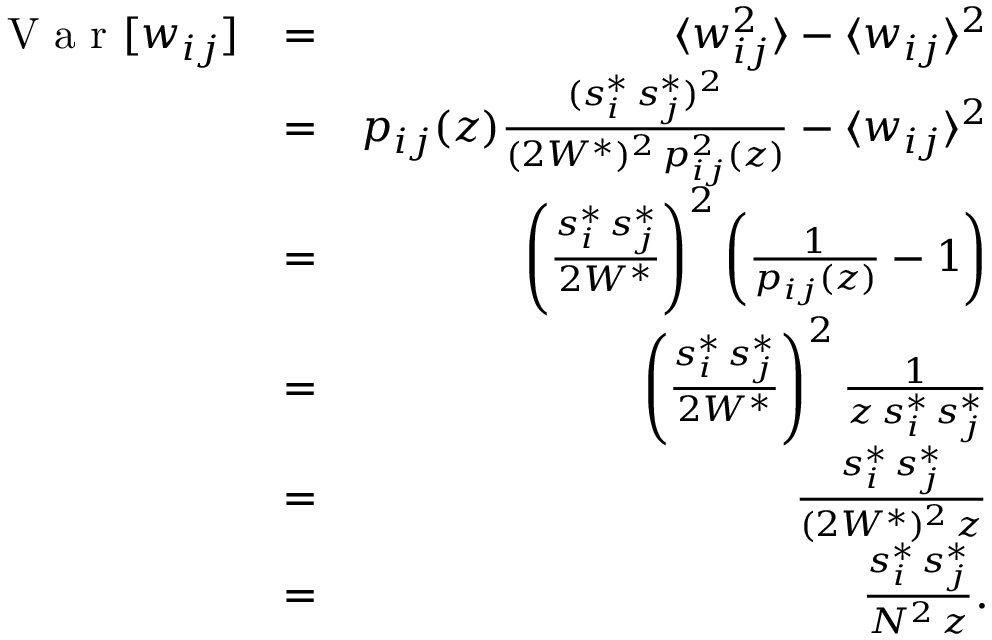
\begin{array} { r l r } { \textrm { V a r } [ w _ { i j } ] } & { = } & { \langle w _ { i j } ^ { 2 } \rangle - \langle w _ { i j } \rangle ^ { 2 } } \\ & { = } & { p _ { i j } ( z ) \frac { ( s _ { i } ^ { * } \, s _ { j } ^ { * } ) ^ { 2 } } { ( 2 W ^ { * } ) ^ { 2 } \, p _ { i j } ^ { 2 } ( z ) } - \langle w _ { i j } \rangle ^ { 2 } } \\ & { = } & { \left( \frac { s _ { i } ^ { * } \, s _ { j } ^ { * } } { 2 W ^ { * } } \right) ^ { 2 } \left( \frac { 1 } { p _ { i j } ( z ) } - 1 \right) } \\ & { = } & { \left( \frac { s _ { i } ^ { * } \, s _ { j } ^ { * } } { 2 W ^ { * } } \right) ^ { 2 } \frac { 1 } { z \, s _ { i } ^ { * } \, s _ { j } ^ { * } } } \\ & { = } & { \frac { s _ { i } ^ { * } \, s _ { j } ^ { * } } { ( 2 W ^ { * } ) ^ { 2 } \, z } } \\ & { = } & { \frac { s _ { i } ^ { * } \, s _ { j } ^ { * } } { N ^ { 2 } \, z } . } \end{array}